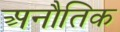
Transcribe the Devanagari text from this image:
अनौतिक